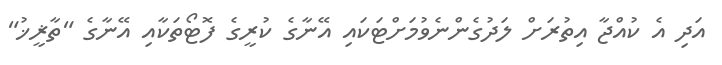
އަދި އެ ކުއްޖާ އިތުރަށް ލަދުގެންނެވުމަށްޓަކައި އޭނާގެ ކުރީގެ ފޮޓޯތަކާއި އޭނާގެ "ތާޜީޚު"